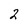
Character: 2